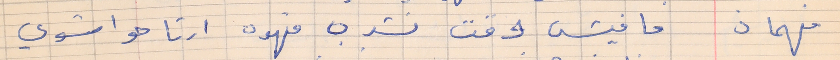
فهمان    ما فيش وقت نشرب قهوه ارتاحوا شوي